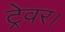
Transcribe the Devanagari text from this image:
ट्रेवर।